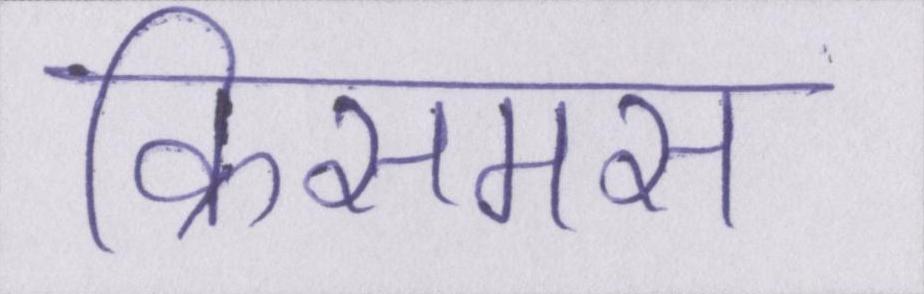
क्रिसमस